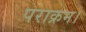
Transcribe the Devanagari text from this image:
पराक्रम।